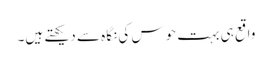
واقع ہی بہت حوس کی نگاہ سے دیکھتے ہیں۔